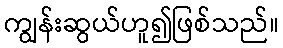
ကျွန်းဆွယ်ဟူ၍ဖြစ်သည်။